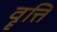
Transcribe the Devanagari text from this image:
वॄत्ति